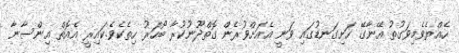
ހެއްޔެވެމިވަގުތު އޭނާގޭ ހަށިގަނޑުގައި ވަނީ އެއަށްވުރެން ގޮތްދޫނުކުރާ ބޯހަރު ހިތެކެވެ.ކައިރީ އެއޮތް އިންސާނާ